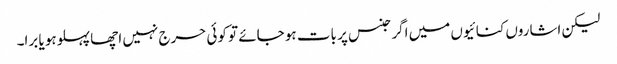
لیکن اشاروں کنائیوں میں اگر جنس پر بات ہو جائے تو کوئی حرج نہیں اچھا پہلوہو یا برا۔